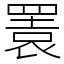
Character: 瞏